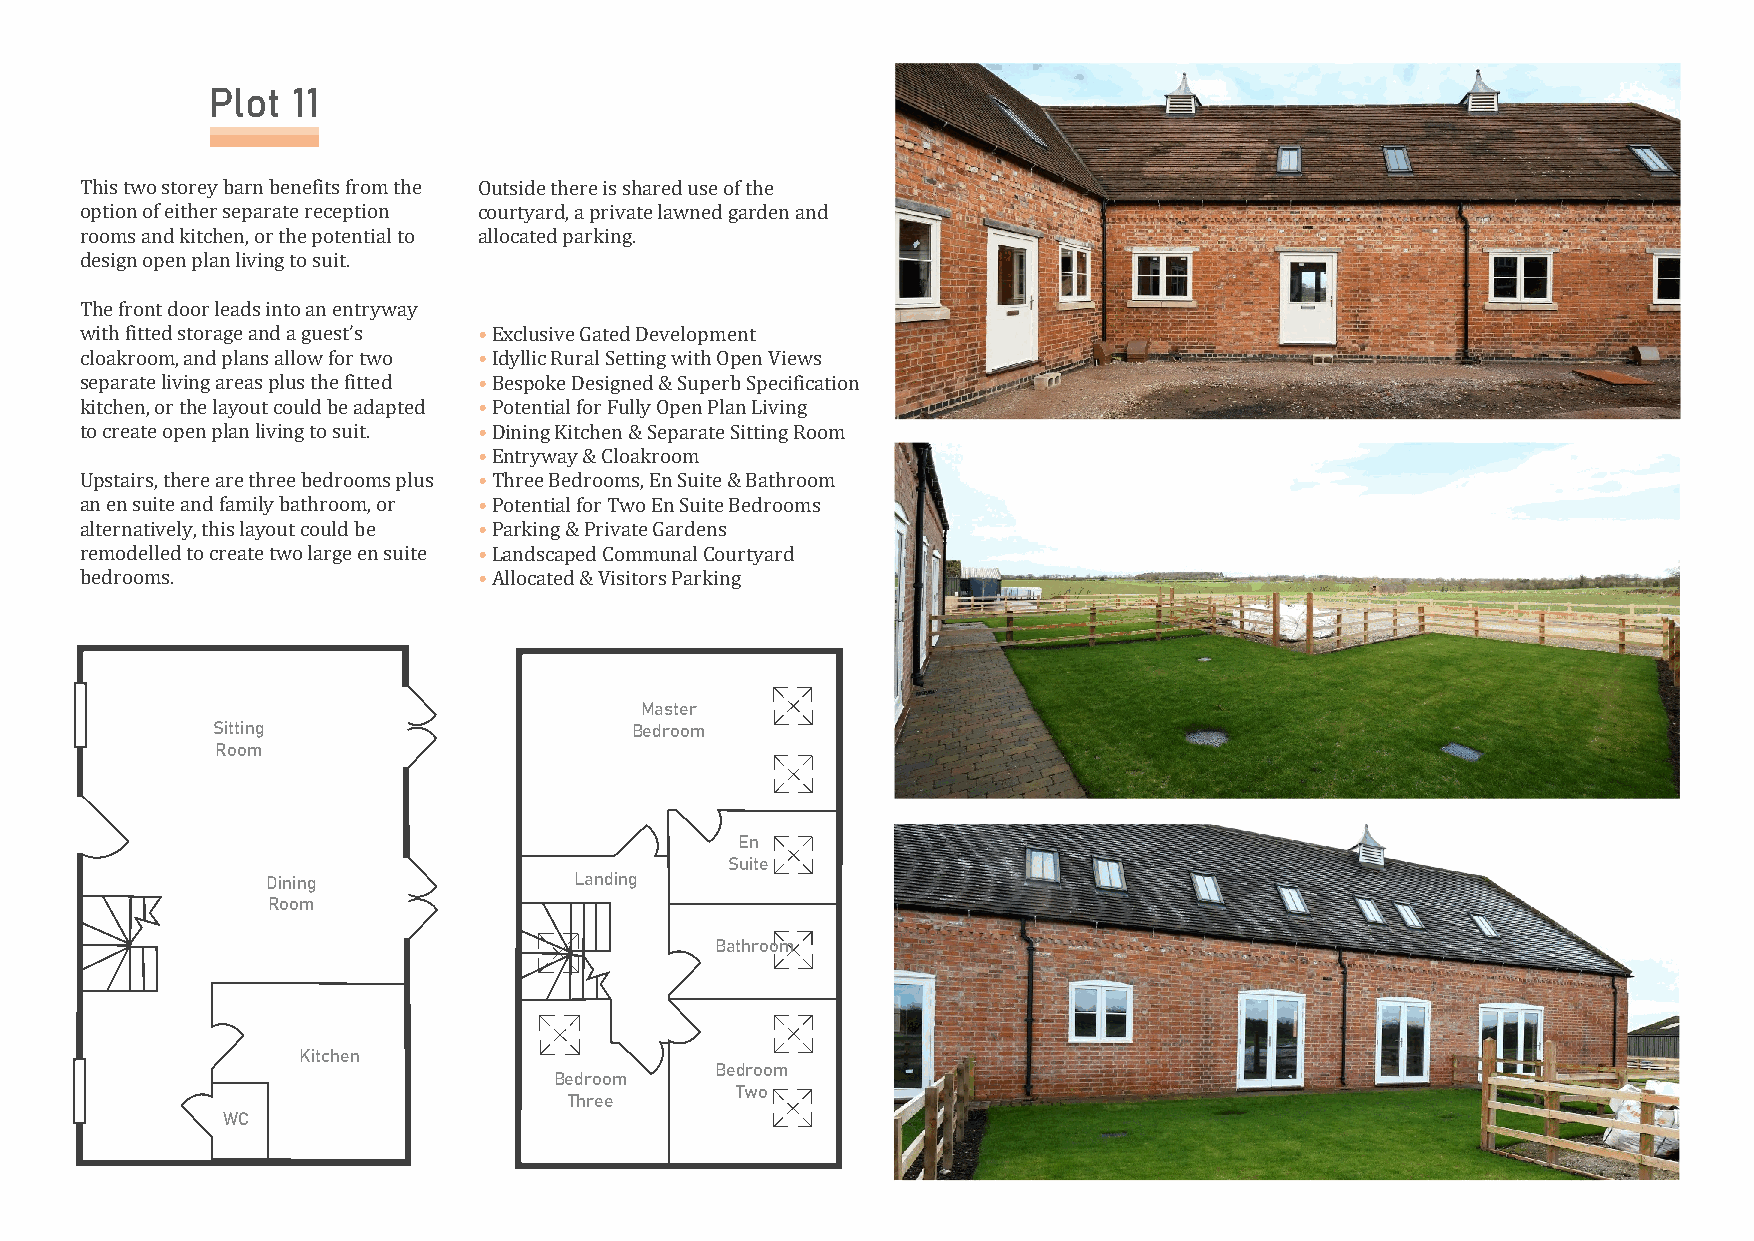
Plot 11
 This two storey barn benefits from the Outside there is shared use of the
 option of either separate reception courtyard, a private lawned garden and
 rooms and kitchen, or the potential to allocated parking.
 design open plan living to suit.
 The front door leads into an entryway
 with fitted storage and a guest’s • Exclusive Gated Development
 cloakroom, and plans allow for two • Idyllic Rural Setting with Open Views
 separate living areas plus the fitted • Bespoke Designed & Superb Specification
 kitchen, or the layout could be adapted • Potential for Fully Open Plan Living
 to create open plan living to suit. • Dining Kitchen & Separate Sitting Room
 • Entryway & Cloakroom
 Upstairs, there are three bedrooms plus • Three Bedrooms, En Suite & Bathroom
 an en suite and family bathroom, or • Potential for Two En Suite Bedrooms
 alternatively, this layout could be • Parking & Private Gardens
 remodelled to create two large en suite • Landscaped Communal Courtyard
 bedrooms.                  • Allocated & Visitors Parking
 Master
 Sitting                     Bedroom
 Room
 En
 Suite
 Dining              Landing
 Room
 Bathroom
 Kitchen
 Bedroom
 Bedroom
 Two
 Three
 WC